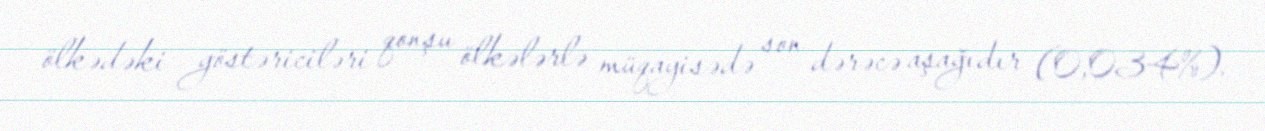
ölkədəki göstəriciləri qonşu ölkələrlə müqayisədə son dərəcə aşağıdır (0,034%).